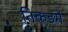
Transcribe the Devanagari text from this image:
तिकड़में